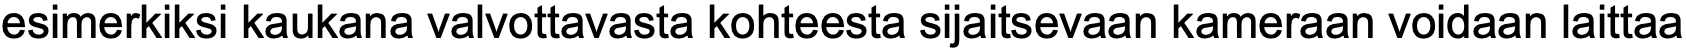
esimerkiksi kaukana valvottavasta kohteesta sijaitsevaan kameraan voidaan laittaa